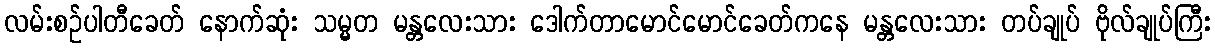
လမ်းစဉ်ပါတီခေတ် နောက်ဆုံး သမ္မတ မန္တလေးသား ဒေါက်တာမောင်မောင်ခေတ်ကနေ မန္တလေးသား တပ်ချုပ် ဗိုလ်ချုပ်ကြီး